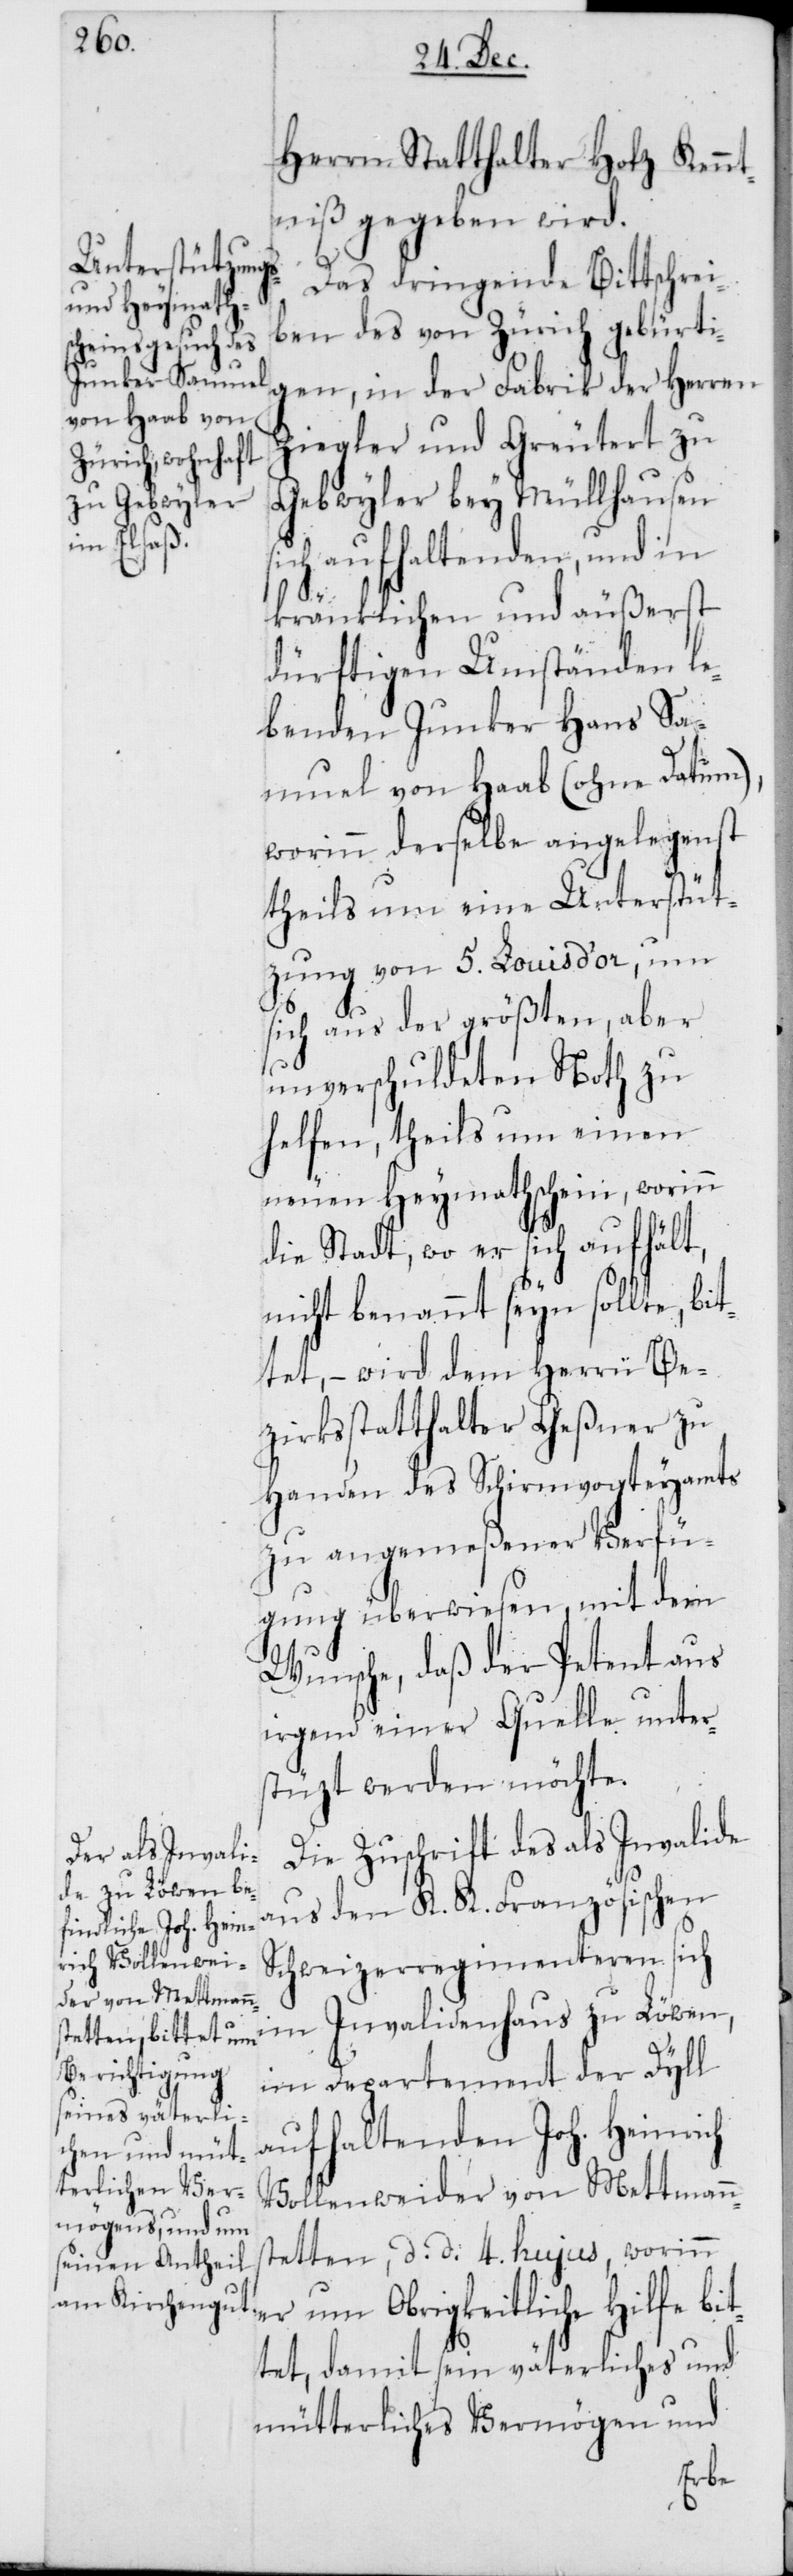
bit¬
Herrn Statthalter Hotz Kennt¬
niß gegeben wird.
Das dringende Bittschrei¬
ben des von Zürich gebürti¬
gen, in der Fabrik der Herren
Ziegler und Greutert zu
Gebwyler bey Müllhausen
ich aufhaltenden, und in
kränklichen und äußerst
dürftigen Umständen le¬
benden Junker Hans Sa¬
muel von Haab (ohne Datum),
worinn derselbe angelegenst
theils um eine Unterstüt¬
zung von 5. Louis d’or, um
sich aus der größten, aber
unverschuldeten Noth zu
helfen, theils um einen
neuen Heymathschein, worinn
die Stadt, wo er sich aufhält,
nicht benannt seyn sollte, bit¬
tet, – wird dem Herrn Be¬
zirksstatthalter Geßner zu
Handen des Schirmvogteyamts
zu angemeßener Verfü¬
gung überwiesen, mit dem
Wunsche, daß der Petent aus
irgend einer Quelle unter¬
stüzt werden möchte.
Die Zuschrift des als Invalide
aus den K. K. Französischen
Schweizerregimenteren sich
im Invalidenhaus zu Löwen,
im Departement der Dyll
aufhaltenden Joh. Heinrich
Vollenweider von Mettmann¬
stetten, d. d. 4. hujus, worinn
tet, damit sein väterliches und
mütterliches Vermögen und